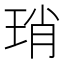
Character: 琑